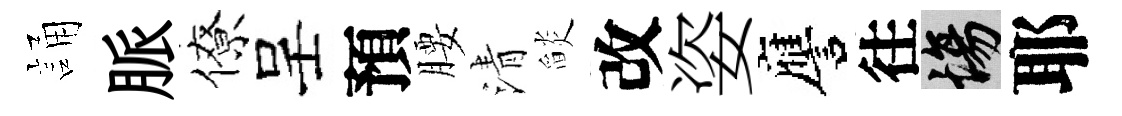
誦脈僚呈預腰清𦦨改姿譍往場耶